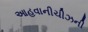
આહવાનીચીઝની